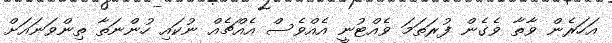
އަހަރެން ވާތާ ވެގެން ފުރަތަމަ ވެއްޓުނީ އެއްވެސް އެއްޗެއް ނުކައި ހުންނަތާ ތިންވަނައަށް